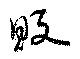
販